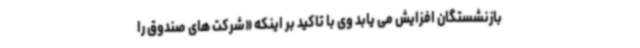
بازنشستگان افزایش می یابد وی با تاکید بر اینکه «شرکت های صندوق را